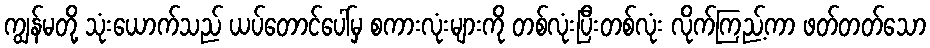
ကျွန်မတို့ သုံးယောက်သည် ယပ်တောင်ပေါ်မှ စကားလုံးများကို တစ်လုံးပြီးတစ်လုံး လိုက်ကြည့်ကာ ဖတ်တတ်သော